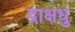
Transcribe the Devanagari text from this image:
द्राक्षधु